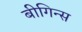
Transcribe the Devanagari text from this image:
बीगिन्स